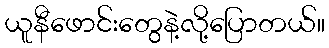
ယူနီဖောင်းတွေနဲ့လို့ပြောတယ်။